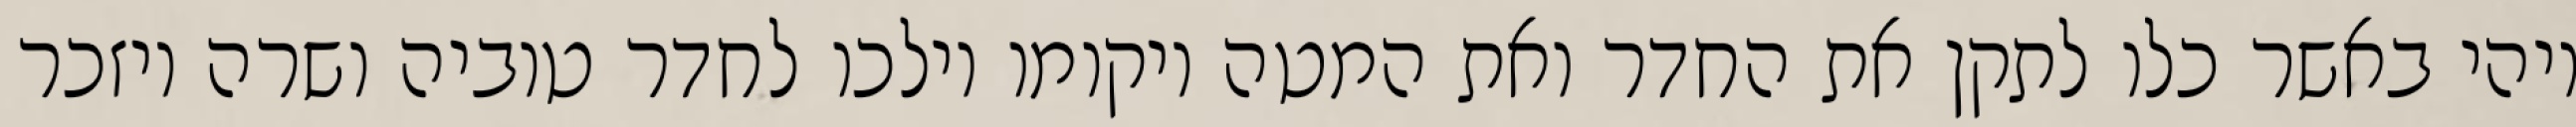
ויהי באשר כלו לתקן את החדר ואת המטה ויקומו וילכו לחדר טוביה ושרה ויזכר